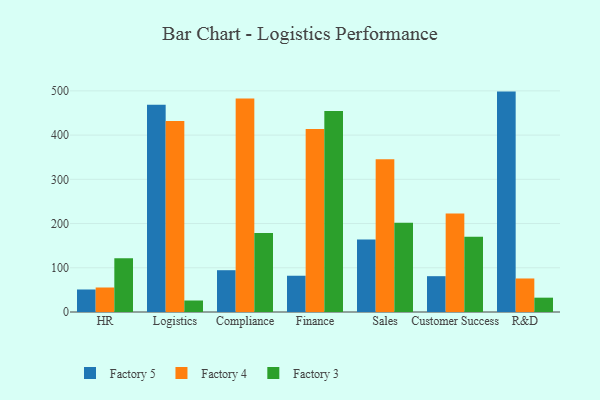
{"axis": {"x": "Department", "y": "Shipments"}, "legend": ["Factory 3", "Factory 4", "Factory 5"], "data": [{"x": "HR", "y": 50.9, "type": "Factory 5"}, {"x": "HR", "y": 55.4, "type": "Factory 4"}, {"x": "HR", "y": 121.8, "type": "Factory 3"}, {"x": "Logistics", "y": 468.5, "type": "Factory 5"}, {"x": "Logistics", "y": 432.1, "type": "Factory 4"}, {"x": "Logistics", "y": 26.0, "type": "Factory 3"}, {"x": "Compliance", "y": 94.5, "type": "Factory 5"}, {"x": "Compliance", "y": 482.7, "type": "Factory 4"}, {"x": "Compliance", "y": 178.7, "type": "Factory 3"}, {"x": "Finance", "y": 82.0, "type": "Factory 5"}, {"x": "Finance", "y": 413.7, "type": "Factory 4"}, {"x": "Finance", "y": 454.6, "type": "Factory 3"}, {"x": "Sales", "y": 163.8, "type": "Factory 5"}, {"x": "Sales", "y": 345.2, "type": "Factory 4"}, {"x": "Sales", "y": 201.8, "type": "Factory 3"}, {"x": "Customer Success", "y": 81.0, "type": "Factory 5"}, {"x": "Customer Success", "y": 222.7, "type": "Factory 4"}, {"x": "Customer Success", "y": 170.0, "type": "Factory 3"}, {"x": "R&D", "y": 498.4, "type": "Factory 5"}, {"x": "R&D", "y": 75.8, "type": "Factory 4"}, {"x": "R&D", "y": 32.4, "type": "Factory 3"}]}